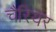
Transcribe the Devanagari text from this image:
चैरियर